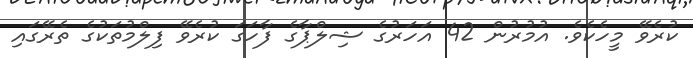
ކުރެވޭ މީހެކެވެ. އުމުރުން 42 އަހަރުގެ ޝިލްޕާގެ ފާހަގަ ކުރެވޭ ފިލްމުތަކުގެ ތެރޭގައި